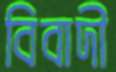
বিবাদী